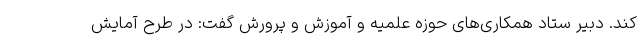
کند. دبیر ستاد همکاری‌های حوزه علمیه و آموزش و پرورش گفت: در طرح آمایش